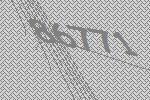
86771